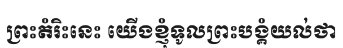
ព្រះតំរិះនេះ យើងខ្ញុំទូលព្រះបង្គំយល់ថា